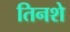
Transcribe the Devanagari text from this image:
तिनशे